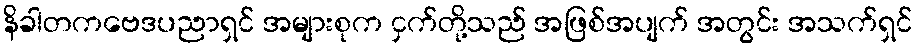
နိခါတကဗေဒပညာရှင် အများစုက ငှက်တို့သည် အဖြစ်အပျက် အတွင်း အသက်ရှင်